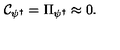
{ \cal C } _ { \psi ^ { \dagger } } = \Pi _ { \psi ^ { \dagger } } \approx 0 .